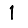
Digit: 1